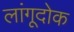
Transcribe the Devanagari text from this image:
लांगूदोक